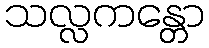
သလ္လကန္တော